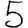
Digit: 5